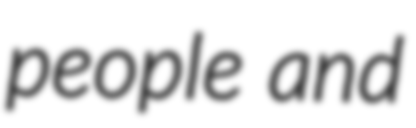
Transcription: people and